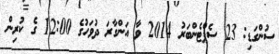
ސުންގަޑި: 23 ސެޕްޓެންބަރު 2014 ވާ އަންގާރަ ދުވަހުގެ 12:00 ގެ ކުރިން